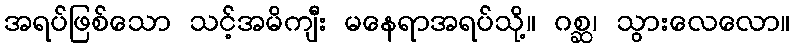
အရပ်ဖြစ်သော သင့်အမိကျီး မနေရာအရပ်သို့။ ဂစ္ဆ၊ သွားလေလော။